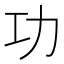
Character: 功